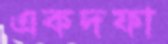
একদফা